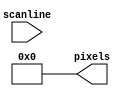
module digit(scanline, pixels);
	input [2:0] scanline;
	output [3:0] pixels;
	parameter a=0,b=0,c=0,d=0,e=0;
	assign pixels = scanline == 3'd0 ? 		   {a[0],a[1],a[2],a[3]} :
        				scanline == 3'd1 ? {b[0],b[1],b[2],b[3]} :
        				scanline == 3'd2 ? {c[0],c[1],c[2],c[3]} :
        				scanline == 3'd3 ? {d[0],d[1],d[2],d[3]} :
        				scanline == 3'd4 ? {e[0],e[1],e[2],e[3]} : 4'b0000;
endmodule